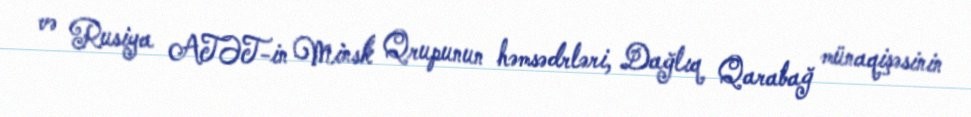
və Rusiya ATƏT-in Minsk Qrupunun həmsədrləri, Dağlıq Qarabağ münaqişəsinin